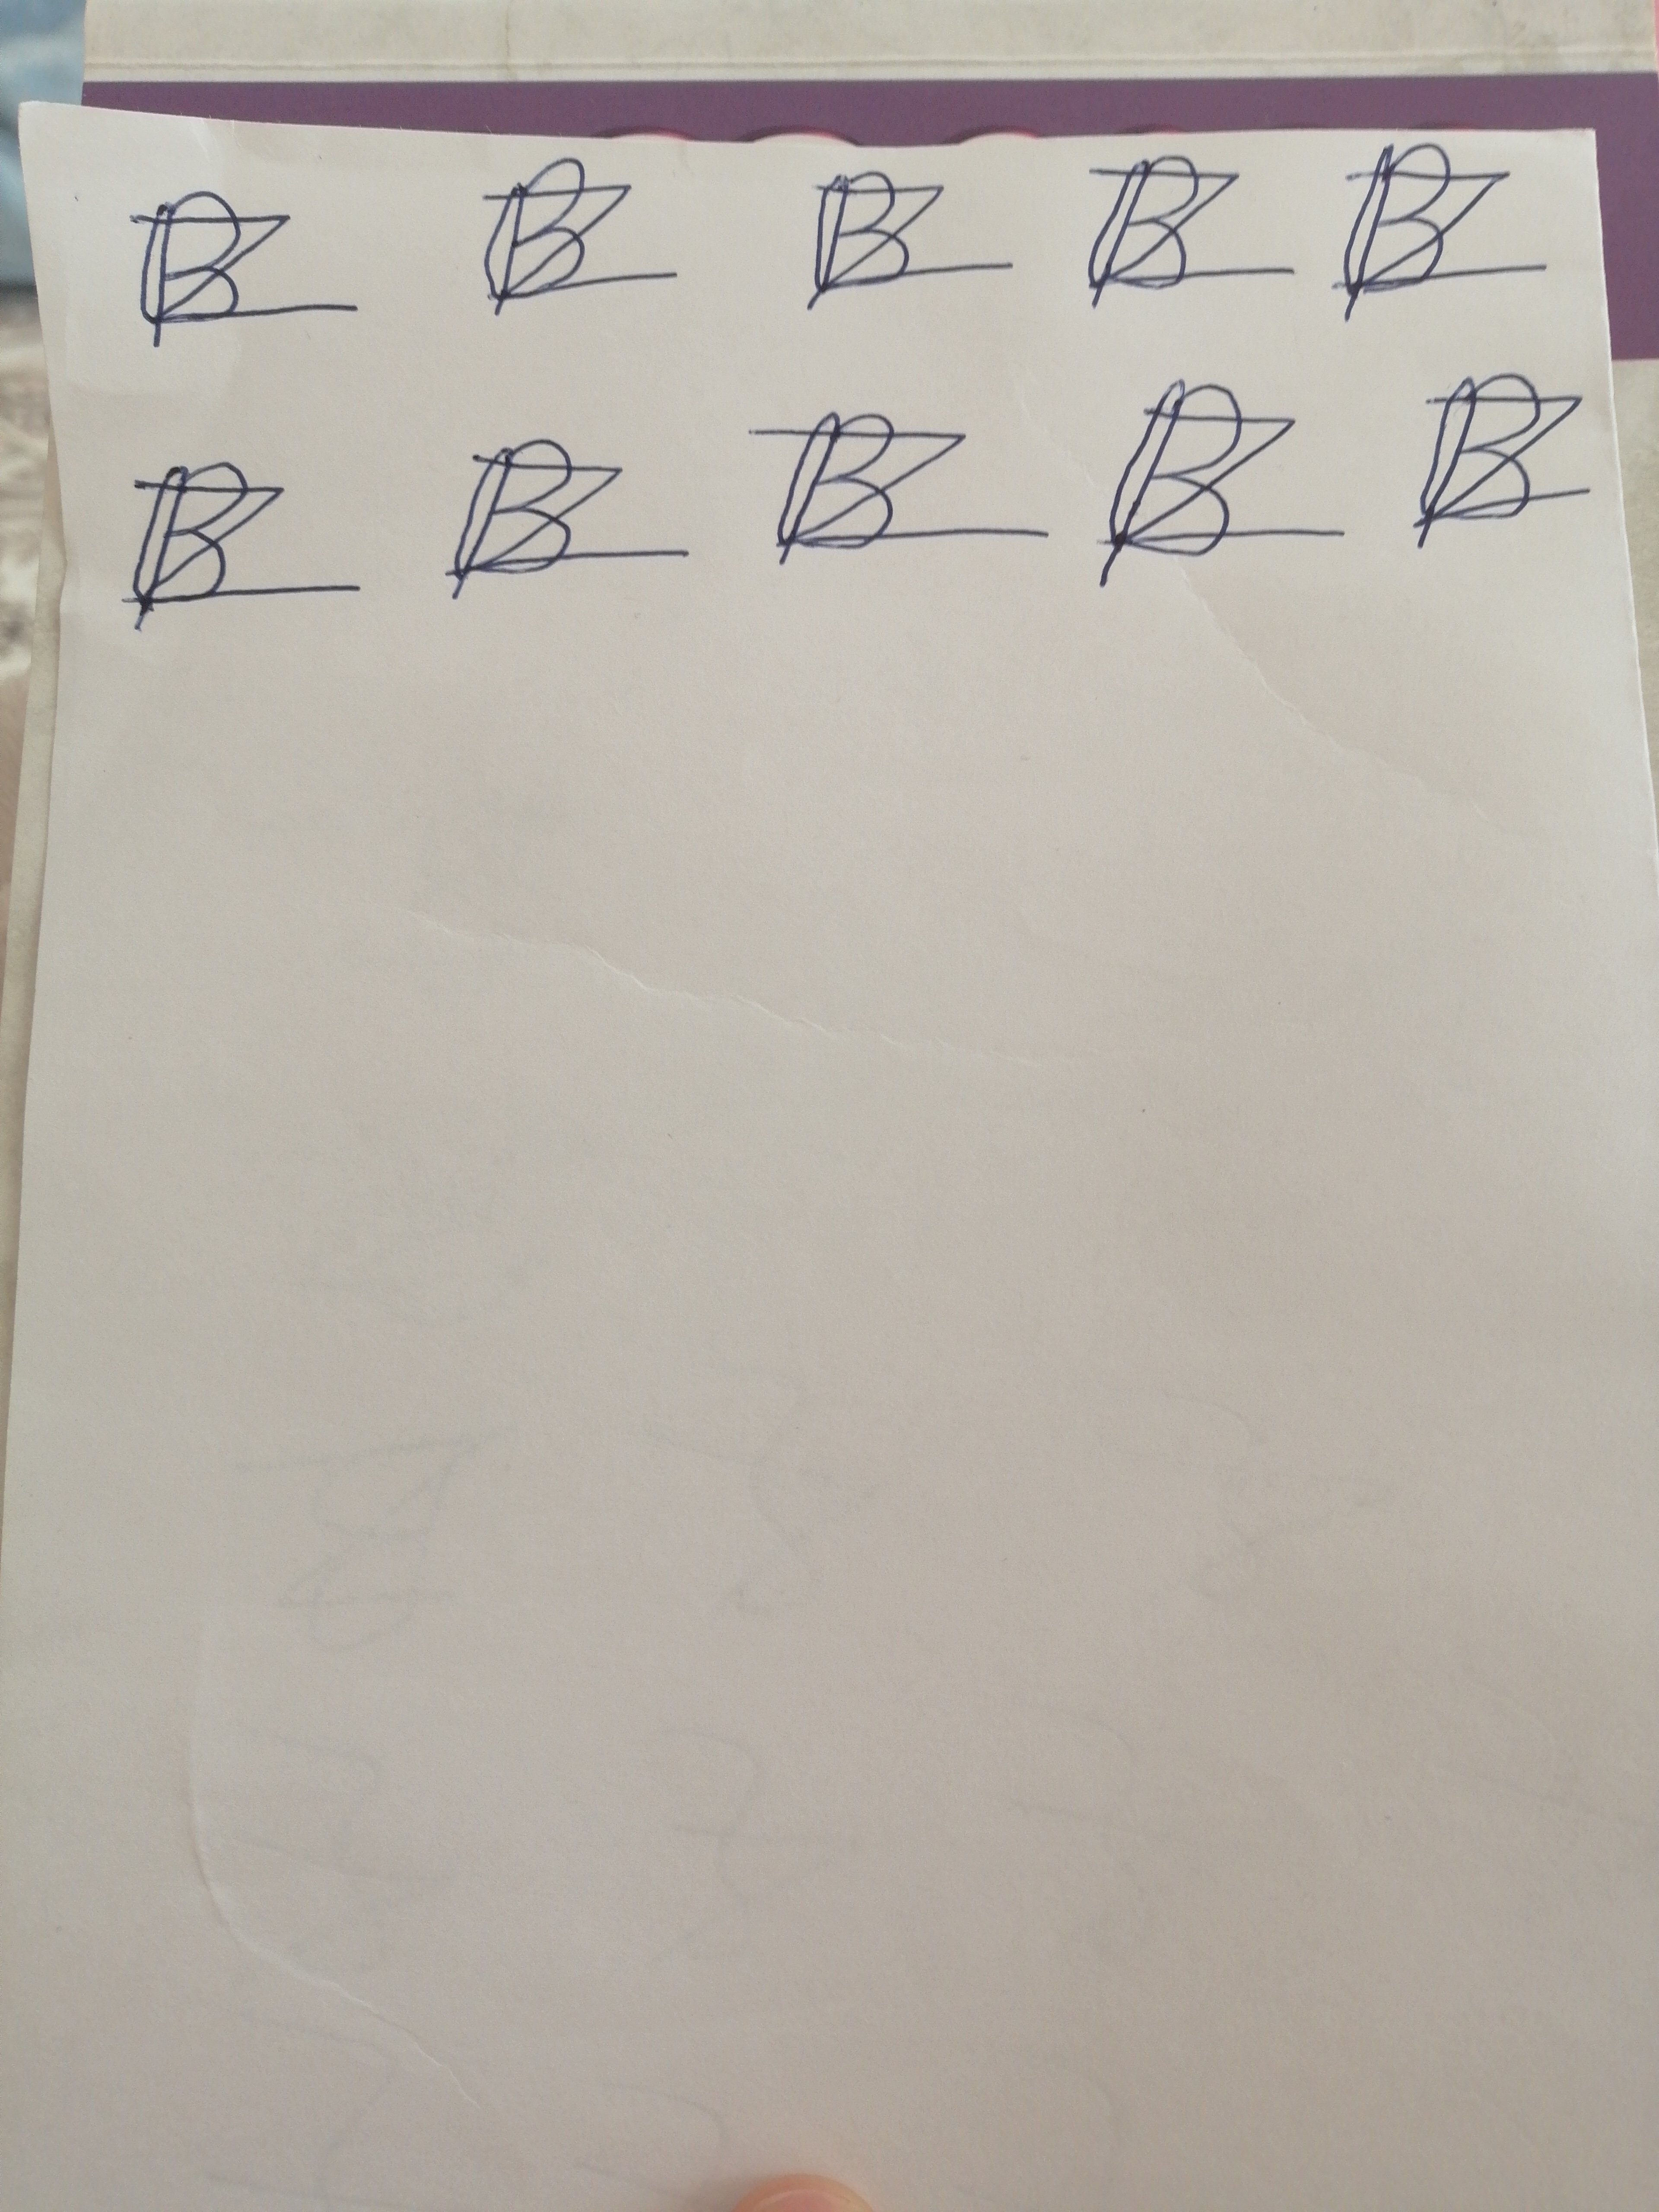
Signature authenticity: forged